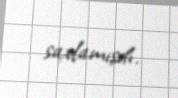
saxlamışdı.